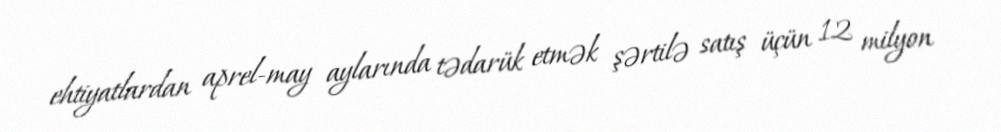
ehtiyatlardan aprel-may aylarında tədarük etmək şərtilə satış üçün 12 milyon